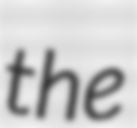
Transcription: the